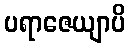
ပရာဇေယျာပိ